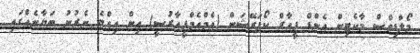
މޯލްޑިވްސް މާކެޓިން އެންޑް ޕީއާރް ކޯޕަރޭޝަން (އެމްއެމްޕީއާރުސީ) އިން އިއްޔެ ނެރުނު ބަޔާނެއްގައި